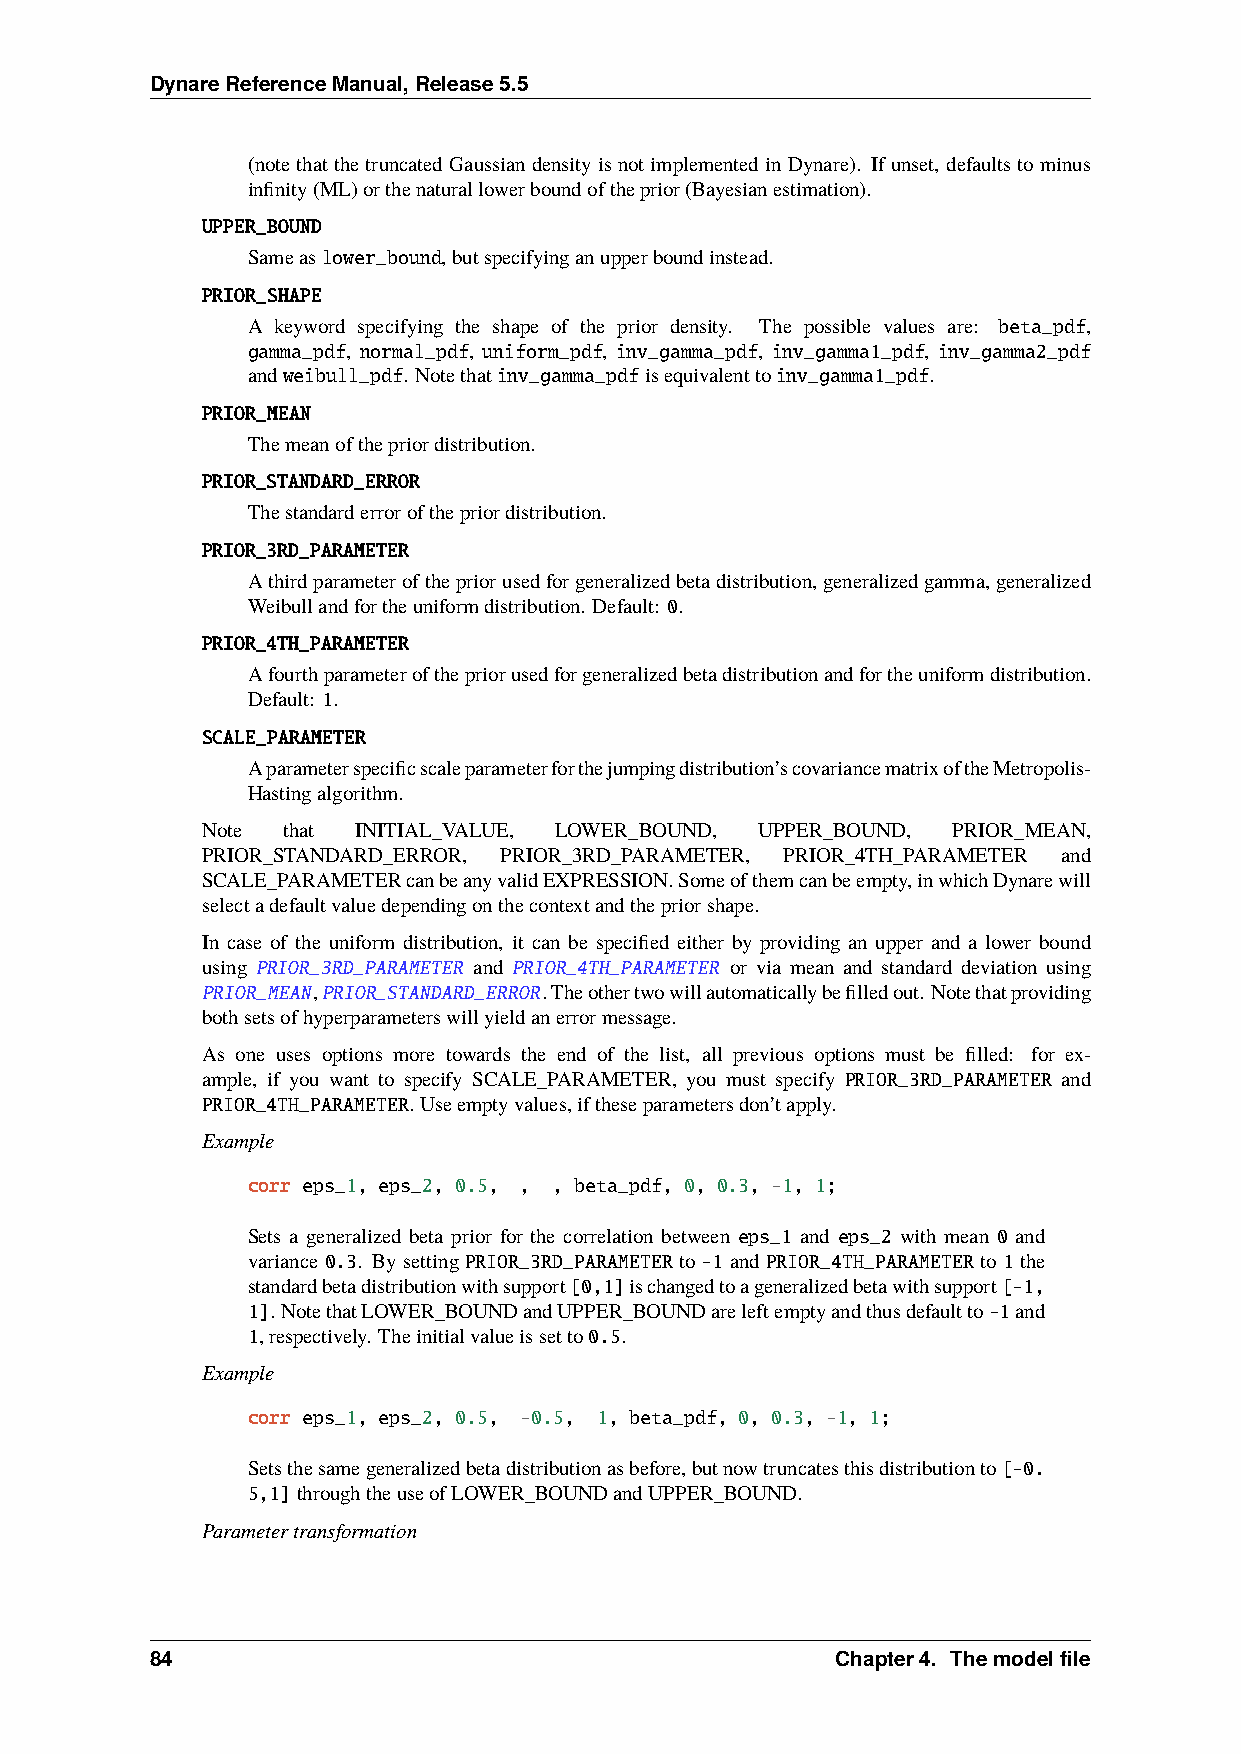
DynareReferenceManual,Release5.5
 (notethatthetruncatedGaussiandensityisnotimplementedinDynare). Ifunset, defaultstominus
 infinity(ML)orthenaturallowerboundoftheprior(Bayesianestimation).
 UPPER_BOUND
 Sameaslower_bound,butspecifyinganupperboundinstead.
 PRIOR_SHAPE
 A keyword specifying the shape of the prior density. The possible values are: beta_pdf,
 gamma_pdf, normal_pdf, uniform_pdf, inv_gamma_pdf, inv_gamma1_pdf, inv_gamma2_pdf
 andweibull_pdf. Notethatinv_gamma_pdfisequivalenttoinv_gamma1_pdf.
 PRIOR_MEAN
 Themeanofthepriordistribution.
 PRIOR_STANDARD_ERROR
 Thestandarderrorofthepriordistribution.
 PRIOR_3RD_PARAMETER
 Athirdparameterofthepriorusedforgeneralizedbetadistribution,generalizedgamma,generalized
 Weibullandfortheuniformdistribution. Default: 0.
 PRIOR_4TH_PARAMETER
 Afourthparameterofthepriorusedforgeneralizedbetadistributionandfortheuniformdistribution.
 Default: 1.
 SCALE_PARAMETER
 Aparameterspecificscaleparameterforthejumpingdistribution’scovariancematrixoftheMetropolis-
 Hastingalgorithm.
 Note  that INITIAL_VALUE, LOWER_BOUND, UPPER_BOUND, PRIOR_MEAN,
 PRIOR_STANDARD_ERROR, PRIOR_3RD_PARAMETER, PRIOR_4TH_PARAMETER and
 SCALE_PARAMETERcanbeanyvalidEXPRESSION.Someofthemcanbeempty,inwhichDynarewill
 selectadefaultvaluedependingonthecontextandthepriorshape.
 In case of the uniform distribution, it can be specified either by providing an upper and a lower bound
 using PRIOR_3RD_PARAMETER and PRIOR_4TH_PARAMETER or via mean and standard deviation using
 PRIOR_MEAN,PRIOR_STANDARD_ERROR.Theothertwowillautomaticallybefilledout. Notethatproviding
 bothsetsofhyperparameterswillyieldanerrormessage.
 As one uses options more towards the end of the list, all previous options must be filled: for ex-
 ample, if you want to specify SCALE_PARAMETER, you must specify PRIOR_3RD_PARAMETER and
 PRIOR_4TH_PARAMETER.Useemptyvalues,iftheseparametersdon’tapply.
 Example
 corr eps_1, eps_2, 0.5, , , beta_pdf, 0, 0.3, -1, 1;
 Sets a generalized beta prior for the correlation between eps_1 and eps_2 with mean 0 and
 variance 0.3. By setting PRIOR_3RD_PARAMETER to -1 and PRIOR_4TH_PARAMETER to 1 the
 standardbetadistributionwithsupport[0,1]ischangedtoageneralizedbetawithsupport[-1,
 1]. NotethatLOWER_BOUNDandUPPER_BOUNDareleftemptyandthusdefaultto-1and
 1,respectively. Theinitialvalueissetto0.5.
 Example
 corr eps_1, eps_2, 0.5, -0.5, 1, beta_pdf, 0, 0.3, -1, 1;
 Setsthesamegeneralizedbetadistributionasbefore,butnowtruncatesthisdistributionto[-0.
 5,1]throughtheuseofLOWER_BOUNDandUPPER_BOUND.
 Parametertransformation
 84                                           Chapter4. Themodelfile